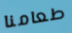
طعامنا